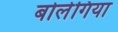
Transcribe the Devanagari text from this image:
बोलेगिया